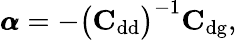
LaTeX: \begin{array}{r}{\pmb{\alpha}=-\big(\mathrm{\textbf{C}}_{\mathrm{dd}}\big)^{-1}\mathrm{\textbf{C}}_{\mathrm{dg}},}\end{array}